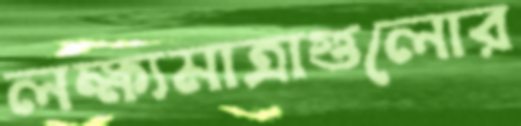
লক্ষ্যমাত্রাগুলোর